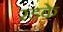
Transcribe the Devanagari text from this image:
रडके